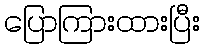
ပြောကြားထားပြီး